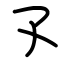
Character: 孓